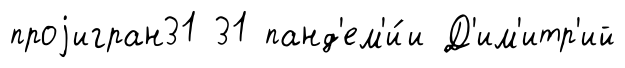
проjигран31 31 панд'ем'и́и Д'им'итр'ий